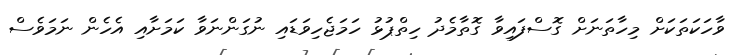
ވާހަކަތަކަށް މިހާތަނަށް ގޮސްފައިވާ ގޮތާމެދު ހިތްޕުޅު ހަމަޖެހިވަޑައި ނުގަންނަވާ ކަމަށާއި އެހެން ނަމަވެސް